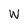
Character: W